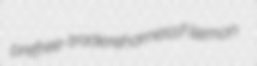
prefree-trade reharness Filemon